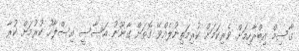
ގާސިމް އިބްރާހިމަށް ވެރިކަމަށް ކުރިމަތިނުލެއްވޭ ގޮތަށް ގާނޫނު އަސާސީ އިސްލާހު ކުރުމަށް ކުރާ